Report on the lunatic asylums under the Government of Bombay - 1904-1913
Year: 1904
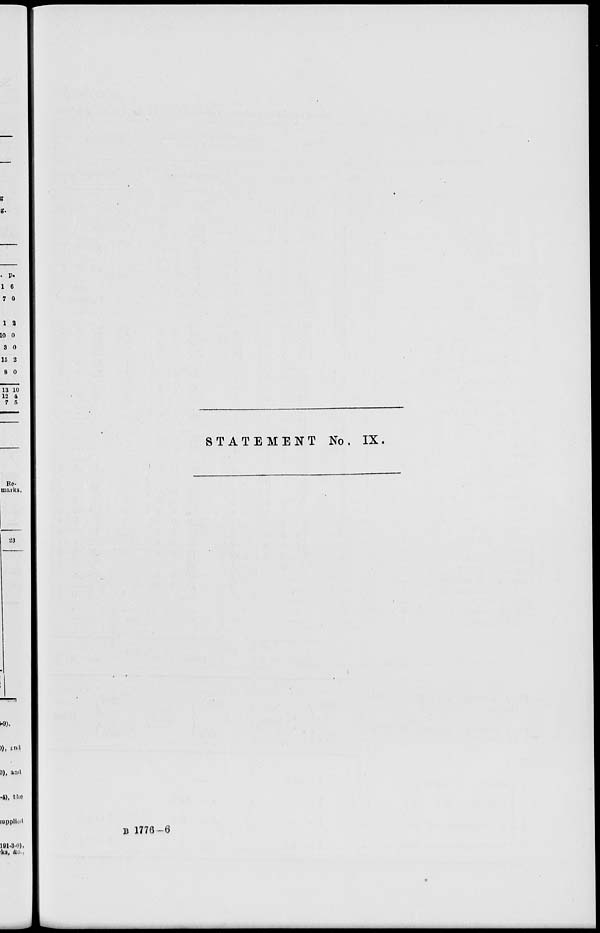
STATEMENT No. IX.
B 1776-6